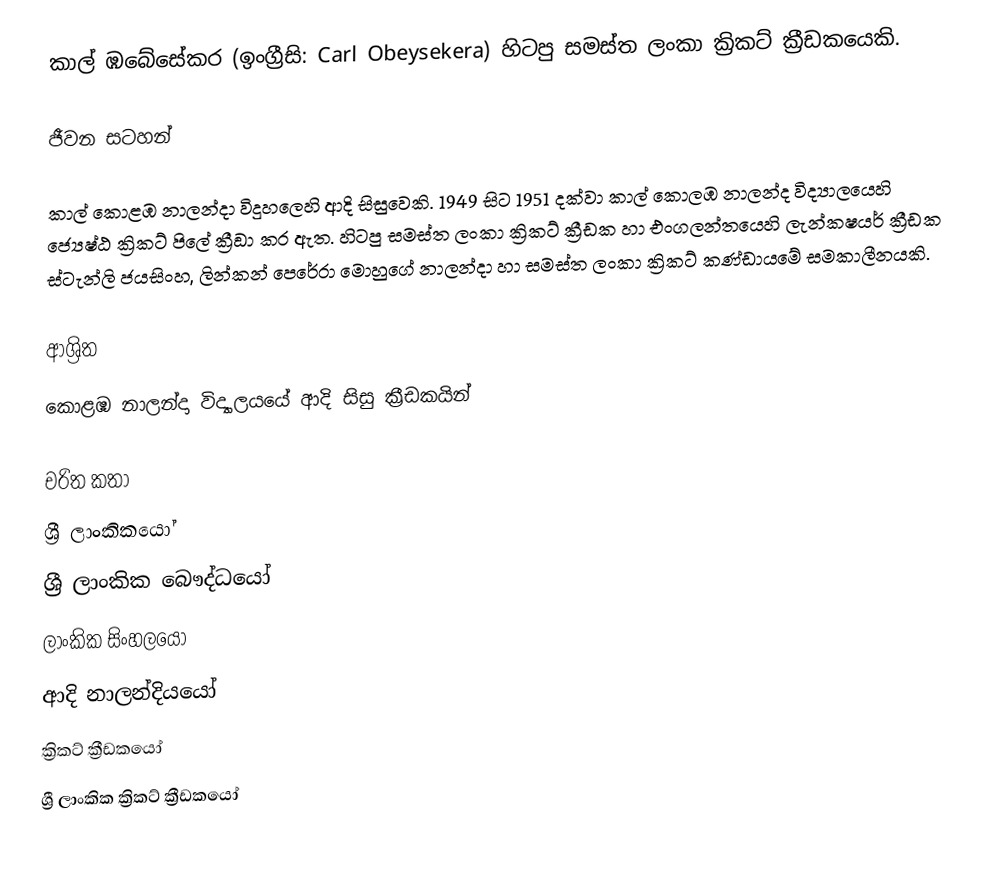
කාල් ඹබේසේකර  (ඉංග්‍රීසි: Carl Obeysekera) හිටපු සමස්ත ලංකා ක්‍රිකට් ක්‍රීඩකයෙකි.

ජීවන සටහන්

කාල් කොළඹ නාලන්දා විදුහලෙහි ආදි සිසුවෙකි. 1949 සිට 1951 දක්වා කාල් කොලඹ නාලන්ද  විද්‍යාලයෙහි  ජ්‍යෙෂ්ඨ ක්‍රිකට් පිලේ ක්‍රීඞා කර ඇත. හිටපු සමස්ත ලංකා ක්‍රිකට් ක්‍රීඩක හා එංගලන්තයෙහි ලැන්කෂයර් ක්‍රීඩක ස්ටැන්ලි ජයසිංහ, ලින්කන් පෙරේරා මොහුගේ නාලන්දා හා සමස්ත ලංකා ක්‍රිකට් කණ්ඩායමේ සමකාලීනයකි.

ආශ්‍රිත
කොළඹ නාලන්දා විද්‍යාලයයේ ආදි සිසු ක්‍රීඩකයින්

චරිත කතා
ශ්‍රී ලාංකිකයෝ
ශ්‍රී ලාංකික බෞද්ධයෝ
ලාංකික සිංහලයෝ
ආදි නාලන්දියයෝ
ක්‍රිකට් ක්‍රීඩකයෝ
ශ්‍රී ලාංකික ක්‍රිකට් ක්‍රීඩකයෝ